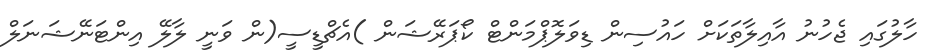
ހާލުގައި ޖެހުނު އާއިލާތަކަށް ހައުސިން ޑިވަލޮޕްމަންޓް ކޯޕަރޭޝަން )އެޗްޑީސީ(ން ވަނީ ލާލޭ އިންޓަނޭޝަނަލް